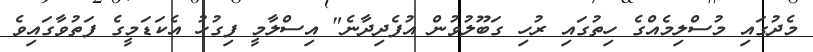
މެދުގައި މުސްލިމެއްގެ ހިތުގައި ރުހި ގަބޫލުވުން އުފެދިދާނެ" އިސްލާމީ ފިގުހު އެކަޑަމީގެ ފަތުވާގައިވެ